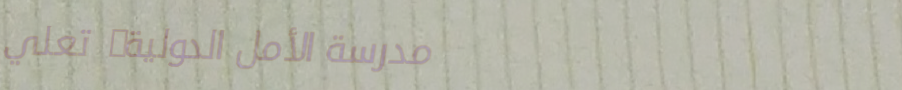
مدرسة الأمل الدولية: تعلي